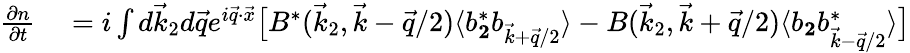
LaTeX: \begin{array}{rl}{\frac{\partial n}{\partial t}}&{{}=i\int d\vec{k}_{2}d\vec{q}e^{i\vec{q}\cdot\vec{x}}\big[B^{*}(\vec{k}_{2},\vec{k}-\vec{q}/2)\langle b_{\mathbf 2}^{*}b_{\vec{k}+\vec{q}/2}\rangle-B(\vec{k}_{2},\vec{k}+\vec{q}/2)\langle b_{\mathbf 2}b_{\vec{k}-\vec{q}/2}^{*}\rangle\big]}\end{array}